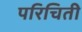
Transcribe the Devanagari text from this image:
परिचिती